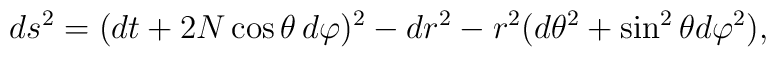
ds^2=(dt+2N\cos\theta\,d\varphi)^2-dr^2-r^2(d\theta^2+\sin^2\theta d\varphi^2),